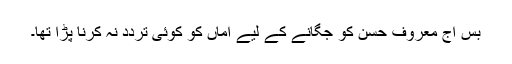
بس آج معروف حسن کو جگانے کے لیے اماں کو کوئی تردّد نہ کرنا پڑا تھا۔